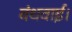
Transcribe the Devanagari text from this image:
बंधवाई।